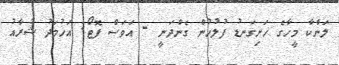
ލަންކާ މީހާގެ ހަށިގަނޑު ފުލުހުން ގެންދަނީ - އަވަސް ފޮޓޯ: އަހުމަދު ޝުރާއު